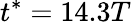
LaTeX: t^{*}=14.3T